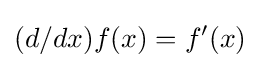
(d/dx)f(x)=f'(x)